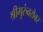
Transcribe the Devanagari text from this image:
श्रीगुरुंंबरोबर